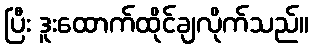
ပြီး ဒူးထောက်ထိုင်ချလိုက်သည်။